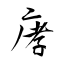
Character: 痚